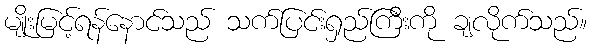
မျိုးမြင့်ရန်နောင်သည် သက်ပြင်းရှည်ကြီးကို ချလိုက်သည်။